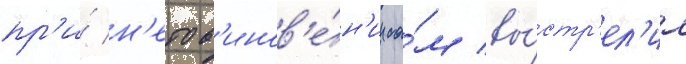
пр'и́ н'епов'инов'е́н'ии са́м вы́стр'ел'ил